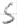
Text: S